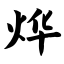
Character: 烨